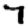
Digit: 7